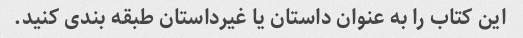
این کتاب را به عنوان داستان یا غیرداستان طبقه بندی کنید.